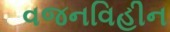
વજનવિહીન